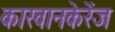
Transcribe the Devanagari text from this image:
कारवानकेरेंज